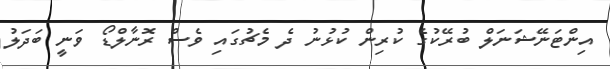
އިންޓަނޭޝަނަލް ބުރޭކުގެ ކުރިން ކުޅުނު ދެ މެޗުގައި ވެސް ރޮނާލްޑޯ ވަނީ ބަދަލު